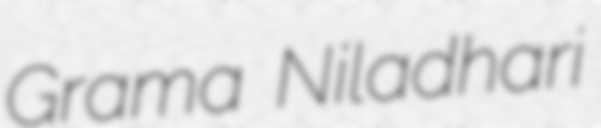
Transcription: Grama Niladhari